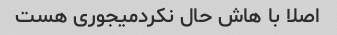
اصلا با هاش حال نکردمیجوری هست